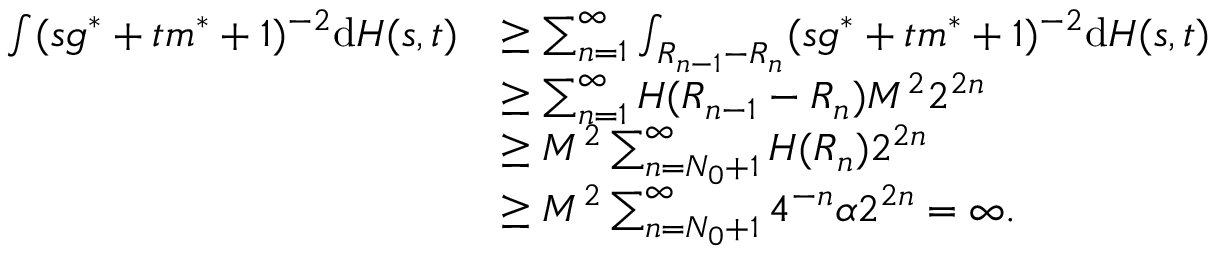
\begin{array} { r l } { \int ( s g ^ { * } + t m ^ { * } + 1 ) ^ { - 2 } \mathrm { d } H ( s , t ) } & { \geq \sum _ { n = 1 } ^ { \infty } \int _ { R _ { n - 1 } - R _ { n } } ( s g ^ { * } + t m ^ { * } + 1 ) ^ { - 2 } \mathrm { d } H ( s , t ) } \\ & { \geq \sum _ { n = 1 } ^ { \infty } H ( R _ { n - 1 } - R _ { n } ) M ^ { 2 } 2 ^ { 2 n } } \\ & { \geq M ^ { 2 } \sum _ { n = N _ { 0 } + 1 } ^ { \infty } H ( R _ { n } ) 2 ^ { 2 n } } \\ & { \geq M ^ { 2 } \sum _ { n = N _ { 0 } + 1 } ^ { \infty } 4 ^ { - n } \alpha 2 ^ { 2 n } = \infty . } \end{array}